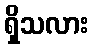
ရှိသလား